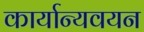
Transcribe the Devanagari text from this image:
कार्यान्यवयन